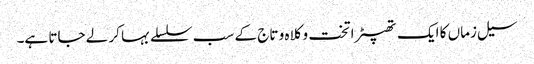
سیل زماں کا ایک تھپیڑا تخت و کلاہ و تاج کے سب سلسلے بہا کر لے جاتا ہے۔